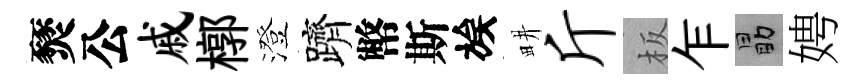
燹公戚槨澄躋幣斯族畊斤板乍勗娉